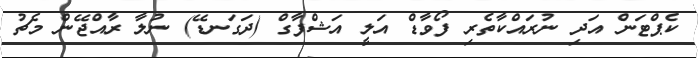
ކެޕްޓަން އަދި ނުރައްކާތެރި ފޯވާޑް އަލީ އަޝްފާގް (ދަގަނޑޭ) ނުލާ ރާއްޖޭން މެޗު